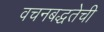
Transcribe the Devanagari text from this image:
वचनबद्धतेची